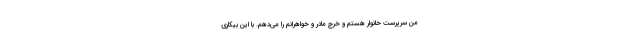
من سرپرست خانوار هستم و خرج مادر و خواهرانم را می‌دهم. با این بیکاری